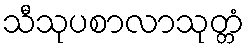
သီသုပစာလာသုတ္တံ